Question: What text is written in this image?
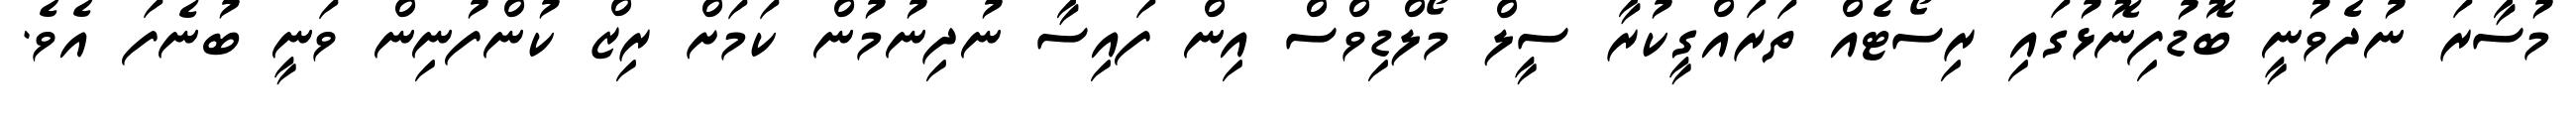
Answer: މުސާރަ ނުދެވުނީ ބޮޑުފިނޮޅުގައި ރިސޯޓެއް ތަރައްގީކުރާ ސީލް މޯލްޑިވްސް އިން ފައިސާ ނުދިނުމުން ކަމަށް ރިޒް ކުންފުނިން ވަނީ ބުނެފަ އެވެ.